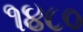
૧૪૮૦